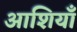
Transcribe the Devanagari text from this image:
आशियाँ